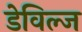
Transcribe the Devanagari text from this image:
डेविल्ज